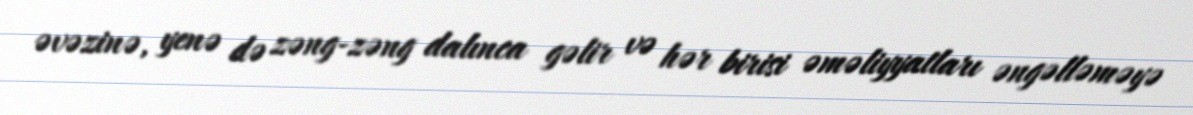
əvəzinə, yenə də zəng-zəng dalınca gəlir və hər birisi əməliyyatları əngəlləməyə